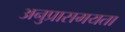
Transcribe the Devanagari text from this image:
अनुप्रासमयता